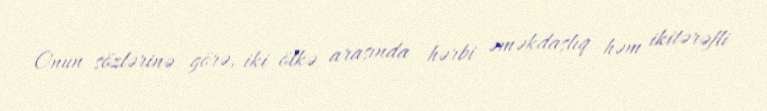
Onun sözlərinə görə, iki ölkə arasında hərbi əməkdaşlıq həm ikitərəfli